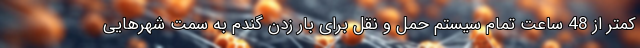
کمتر از 48 ساعت تمام سیستم حمل و نقل برای بار زدن گندم به سمت شهرهایی